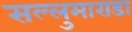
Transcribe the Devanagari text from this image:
सल्लुमाराडा